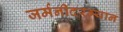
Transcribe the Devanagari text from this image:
जर्मनीदरम्यान